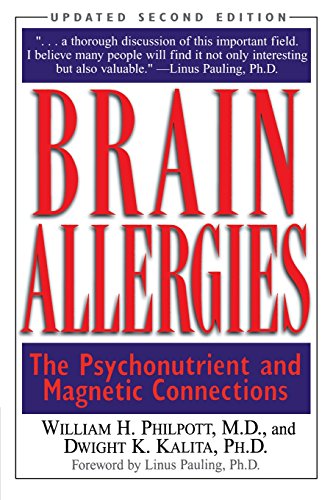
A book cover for Brain Allergies: The Psychonutrient and Magnetic Connections; Willam Philpott; Health, Fitness & Dieting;